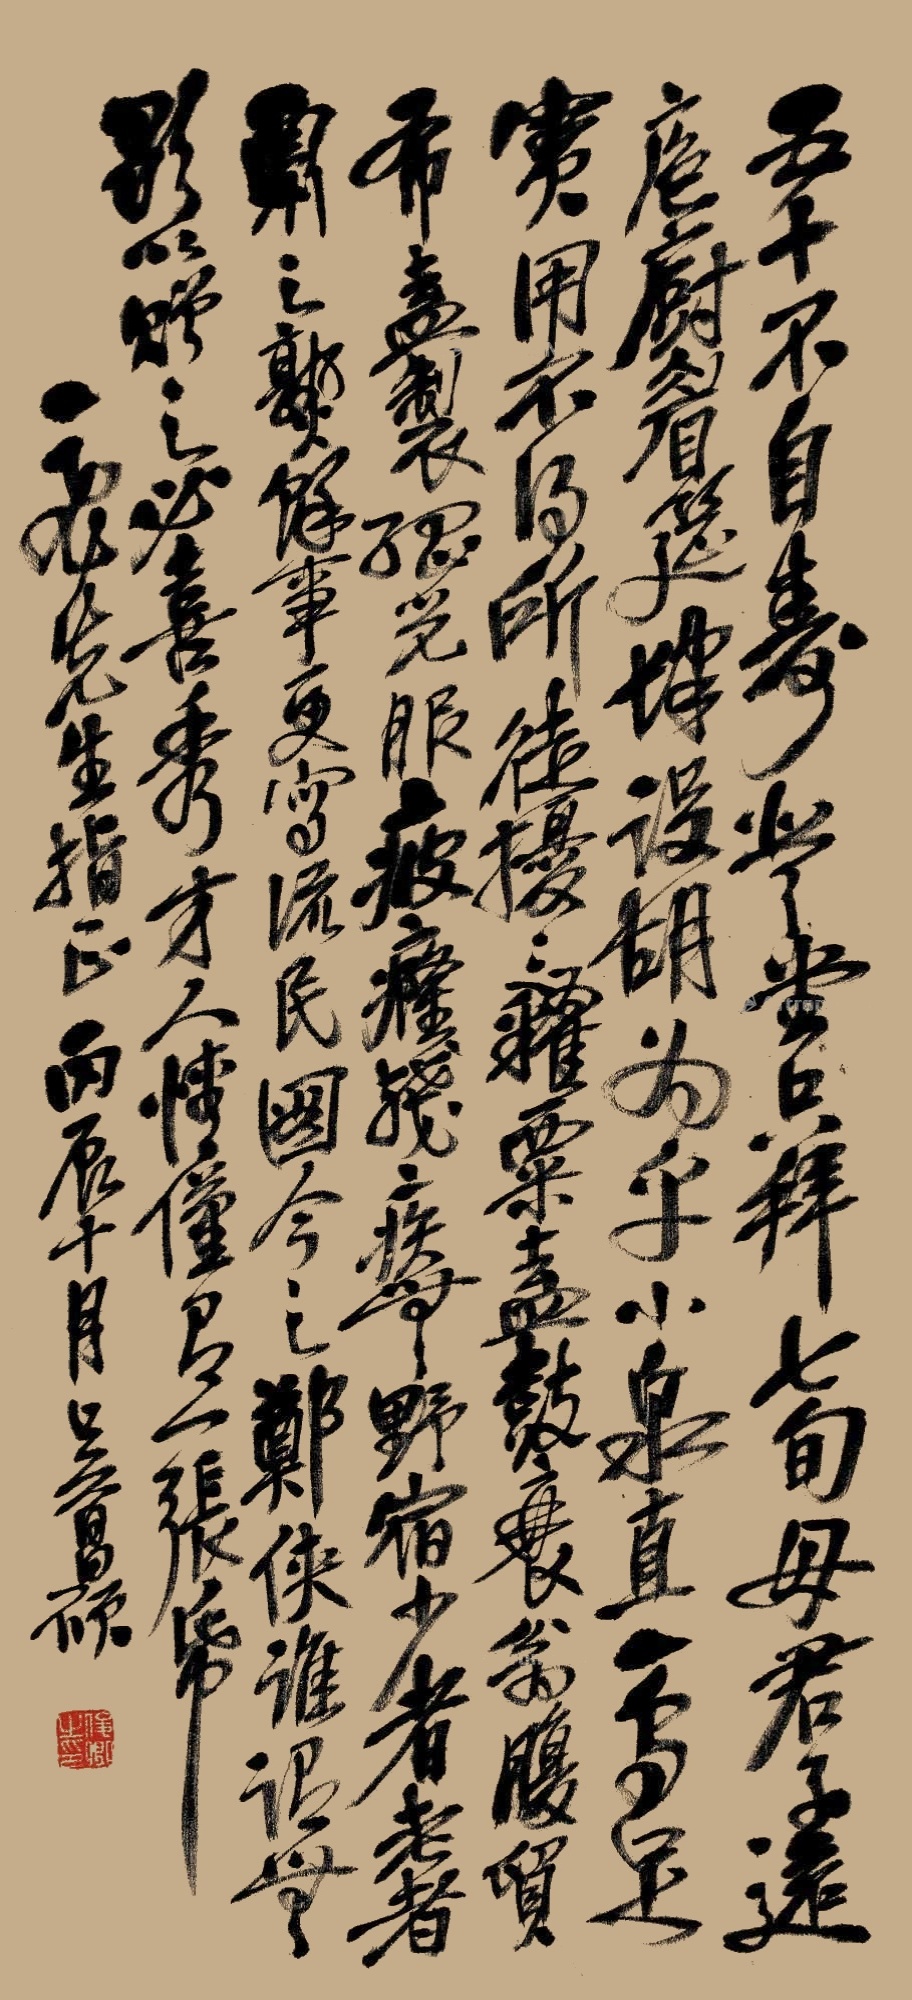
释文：五十不自寿，登堂只拜七旬母。君子远庖厨，眉筵肆设，胡为乎。小泉直一乌足宝，用不得所徒扰扰。籴粟盍鼓衰翁腹，贸布盍制孤光服。疲癃残疾无野宿，少者老者酬之熟，余事更写流民图。今之郑侠谁诏无，歌以赠之必喜。秀才人情仅有一张纸。一飞先生指正，丙辰十月，吴昌硕。